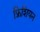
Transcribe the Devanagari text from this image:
फ्रिशियन